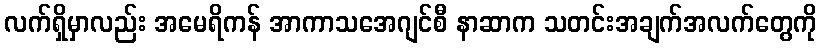
လက်ရှိမှာလည်း အမေရိကန် အာကာသအေဂျင်စီ နာဆာက သတင်းအချက်အလက်တွေကို